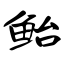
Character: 鲐